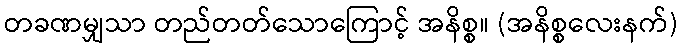
တခဏမျှသာ တည်တတ်သောကြောင့် အနိစ္စ။ (အနိစ္စလေးနက်)